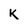
Character: k